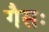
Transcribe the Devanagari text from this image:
गैसः